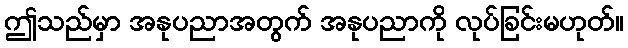
ဤသည်မှာ အနုပညာအတွက် အနုပညာကို လုပ်ခြင်းမဟုတ်။